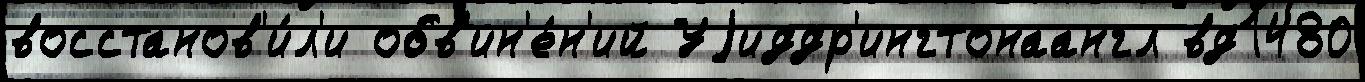
восстанов'и́л'и обв'ин'е́н'ий Уjиддр'ингтонаангл вд1480